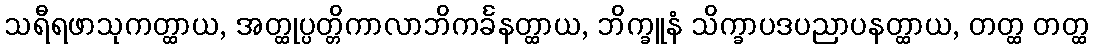
သရီရဖာသုကတ္ထာယ, အတ္ထုပ္ပတ္တိကာလာဘိကင်္ခနတ္ထာယ, ဘိက္ခူနံ သိက္ခာပဒပညာပနတ္ထာယ, တတ္ထ တတ္ထ